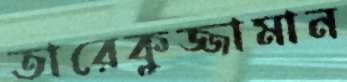
তারেকুজ্জামান